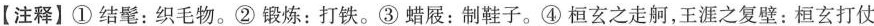
【注释】①结髦：织毛物。②锻炼：打铁。③蜡屐：制鞋子。④桓玄之走舸，王涯之复壁：桓玄打仗